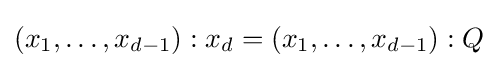
(x_{1},\dots ,x_{d-1}):x_{d}=(x_{1},\dots ,x_{d-1}):Q